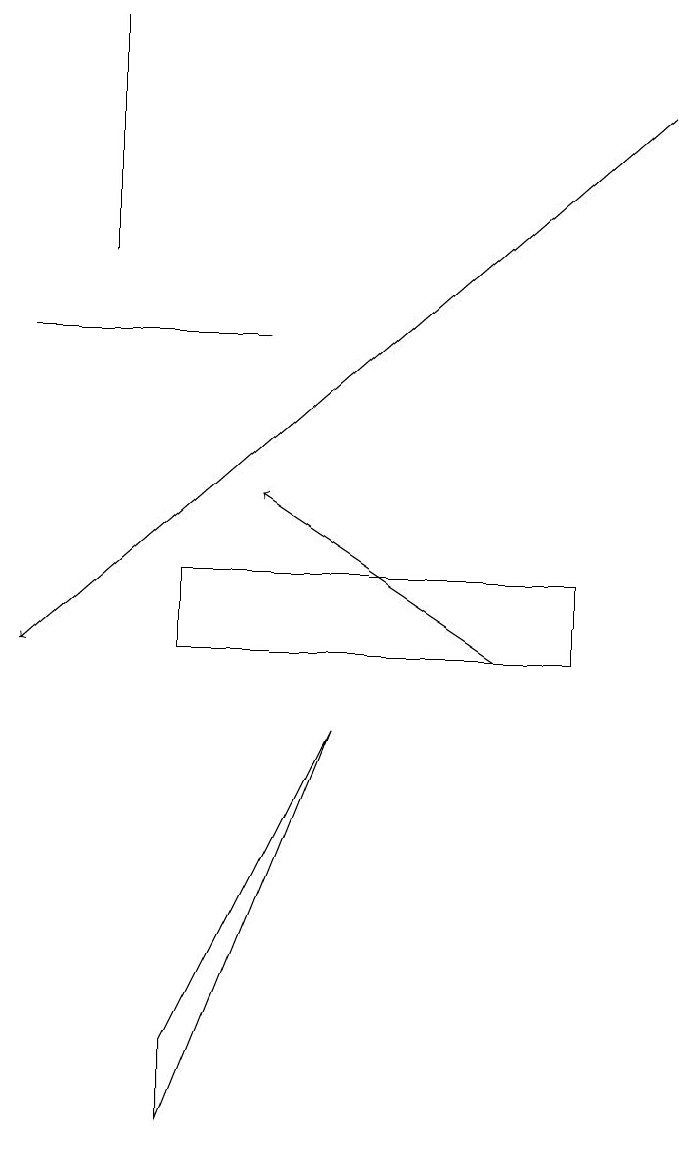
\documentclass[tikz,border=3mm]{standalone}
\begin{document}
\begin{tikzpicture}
\draw[->] (6,10) -- (3,12);
\draw (7,11) rectangle (2,10);
\draw (4,9) -- (2,4) -- (2,5) -- cycle;
\draw (0,14) rectangle (3,14);
\draw (1,15) rectangle (1,18);
\draw[->] (8,17) -- (0,10);
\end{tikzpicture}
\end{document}